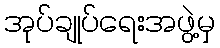
အုပ်ချုပ်ရေးအဖွဲ့မှ